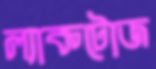
ল্যাকটোজ